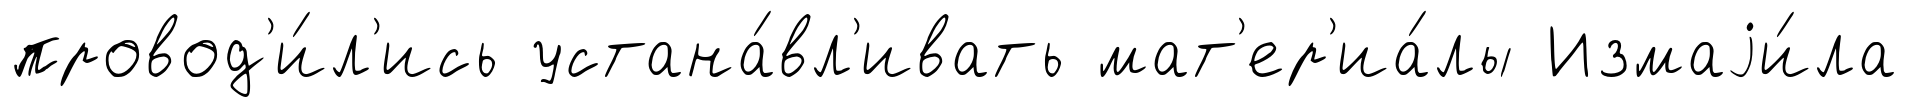
провод'и́л'ись устана́вл'ивать мат'ер'иа́лы Измаjи́ла